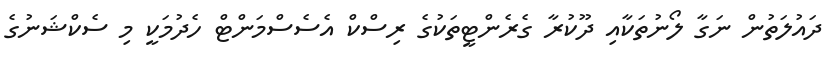
ދައުލަތުން ނަގާ ލޯނުތަކާއި ދޫކުރާ ގެރެންޓީތަކުގެ ރިސްކް އެސެސްމަންޓް ހެދުމަކީ މި ސެކްޝަނުގެ